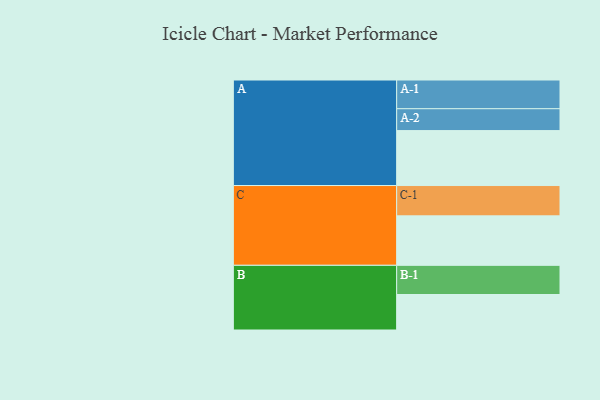
{"axis": {"x": "Segment", "y": "Value"}, "legend": ["", "A", "B", "C"], "data": [{"x": "A", "y": 480, "type": ""}, {"x": "B", "y": 310, "type": ""}, {"x": "C", "y": 432, "type": ""}, {"x": "A-1", "y": 251, "type": "A"}, {"x": "A-2", "y": 191, "type": "A"}, {"x": "B-1", "y": 255, "type": "B"}, {"x": "C-1", "y": 265, "type": "C"}]}